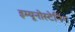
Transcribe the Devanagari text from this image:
इम्यूनोस्टेनिंग